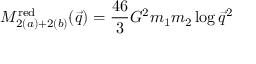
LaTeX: M _ { 2 ( a ) + 2 ( b ) } ^ { \mathrm { r e d } } ( \vec { q } ) = { \frac { 4 6 } { 3 } } G ^ { 2 } m _ { 1 } m _ { 2 } \log \vec { q } ^ { 2 }